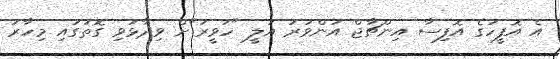
އެ އޮފީހުގެ އޮފިސާ އިންޗާޖް އަންވަރު އަލީ "ހަވީރަ"ށް ވިދާޅުވި ގޮތުގައި މިހާރު